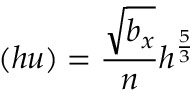
( h u ) = \frac { \sqrt { b _ { x } } } { n } h ^ { \frac { 5 } { 3 } }